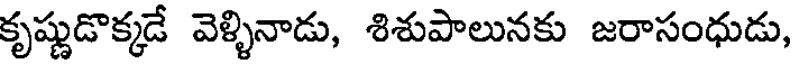
కృష్ణుడొక్కడే వెళ్ళినాడు, శిశుపాలునకు జరాసంధుడు,